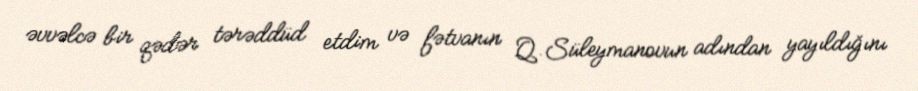
əvvəlcə bir qədər tərəddüd etdim və fətvanın Q.Süleymanovun adından yayıldığını